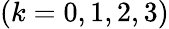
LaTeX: \left({k=0,1,2,3}\right)